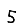
Digit: 5